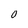
Character: O